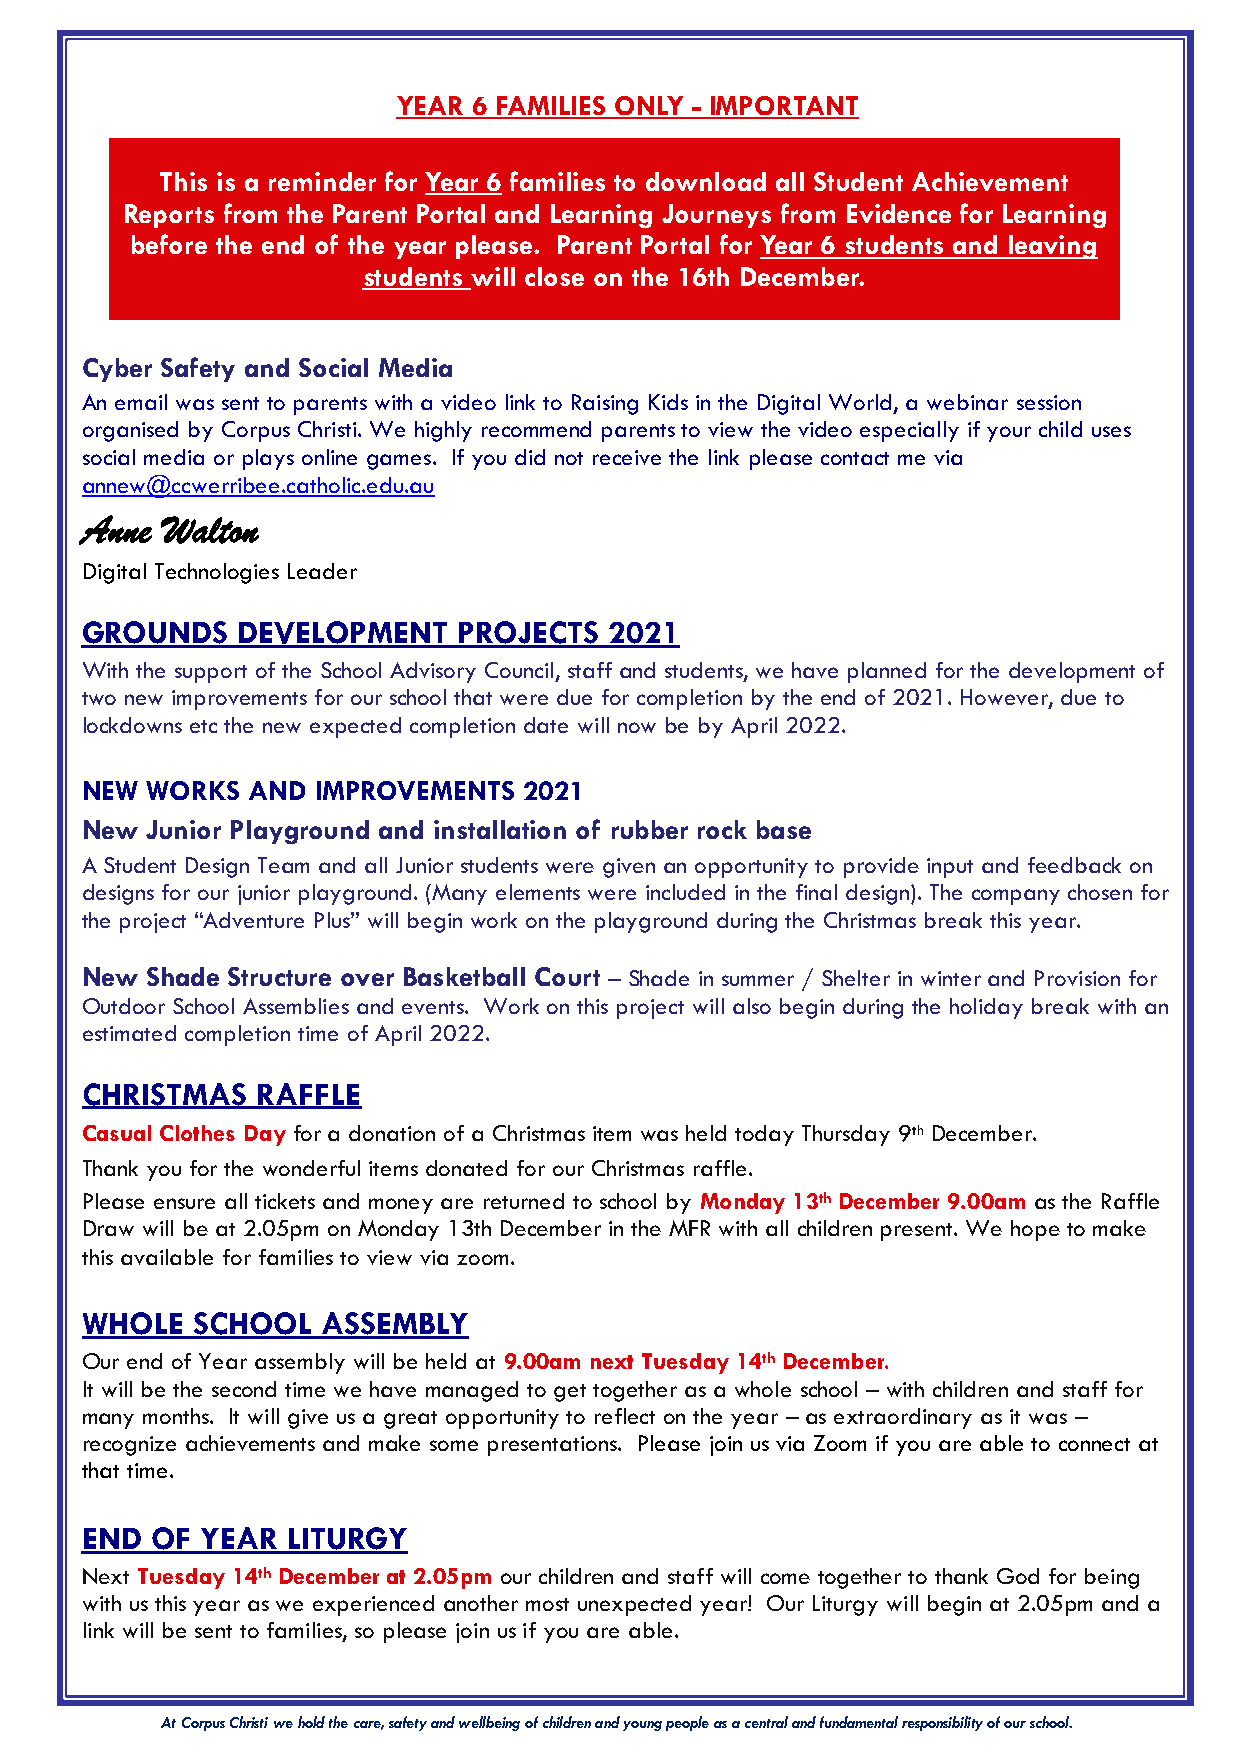
YEAR 6 FAMILIES ONLY - IMPORTANT
 This is a reminder for Year 6 families to download all Student Achievement
 Reports from the Parent Portal and Learning Journeys from Evidence for Learning
 before the end of the year please. Parent Portal for Year 6 students and leaving
 students will close on the 16th December.
 Cyber Safety and Social Media
 An email was sent to parents with a video link to Raising Kids in the Digital World, a webinar session
 organised by Corpus Christi. We highly recommend parents to view the video especially if your child uses
 social media or plays online games. If you did not receive the link please contact me via
 annew@ccwerribee.catholic.edu.au
 Anne  Walton
 Digital Technologies Leader
 GROUNDS    DEVELOPMENT   PROJECTS  2021
 With the support of the School Advisory Council, staff and students, we have planned for the development of
 two new improvements for our school that were due for completion by the end of 2021. However, due to
 lockdowns etc the new expected completion date will now be by April 2022.
 NEW  WORKS AND  IMPROVEMENTS  2021
 New  Junior Playground and installation of rubber rock base
 A Student Design Team and all Junior students were given an opportunity to provide input and feedback on
 designs for our junior playground. (Many elements were included in the final design). The company chosen for
 the project “Adventure Plus” will begin work on the playground during the Christmas break this year.
 New  Shade Structure over Basketball Court – Shade in summer / Shelter in winter and Provision for
 Outdoor School Assemblies and events. Work on this project will also begin during the holiday break with an
 estimated completion time of April 2022.
 CHRISTMAS   RAFFLE
 Casual Clothes Day for a donation of a Christmas item was held today Thursday 9th December.
 Thank you for the wonderful items donated for our Christmas raffle.
 Please ensure all tickets and money are returned to school by Monday 13th December 9.00am as the Raffle
 Draw will be at 2.05pm on Monday 13th December in the MFR with all children present. We hope to make
 this available for families to view via zoom.
 WHOLE   SCHOOL  ASSEMBLY
 Our end of Year assembly will be held at 9.00am next Tuesday 14th December.
 It will be the second time we have managed to get together as a whole school – with children and staff for
 many months. It will give us a great opportunity to reflect on the year – as extraordinary as it was –
 recognize achievements and make some presentations. Please join us via Zoom if you are able to connect at
 that time.
 END  OF YEAR  LITURGY
 Next Tuesday 14th December at 2.05pm our children and staff will come together to thank God for being
 with us this year as we experienced another most unexpected year! Our Liturgy will begin at 2.05pm and a
 link will be sent to families, so please join us if you are able.
 At Corpus Christi we hold the care, safety and wellbeing of children and young people as a central and fundamental responsibility of our school.